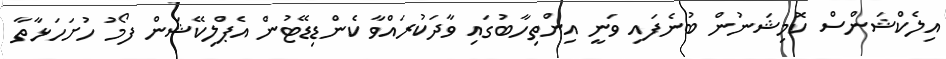
އިލެކްޝަންސް ކޮމިޝަނުން ބުނެފައި ވަނީ އިންތިހާބުގައި ވާދަކުރައްވާ ކެންޑިޑޭޓުން އެޕްލިކޭޝަން ފޯމު ހުށަހަޅާތާ